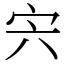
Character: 宍